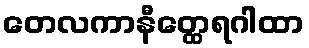
တေလကာနီတ္ထေရဂါထာ